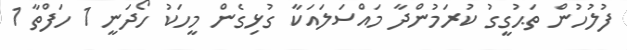
ފުލުހުން ތަޙުގީގު ކުރަމުންދާ މައްސަލައަކާ ގުޅިގެން މީހަކު ހޯދަނީ 1 ހަފްތާ 1